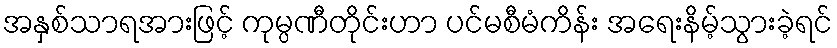
အနှစ်သာရအားဖြင့် ကုမ္ပဏီတိုင်းဟာ ပင်မစီမံကိန်း အရေးနိမ့်သွားခဲ့ရင်